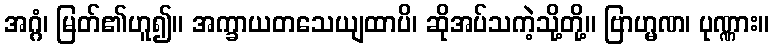
အဂ္ဂံ၊ မြတ်၏ဟူ၍။ အက္ခာယတသေယျထာပိ၊ ဆိုအပ်သကဲ့သို့တို့။ ဗြာဟ္မဏ၊ ပုဏ္ဏား။